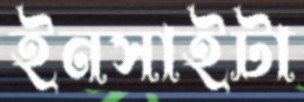
ইনসাইটা